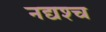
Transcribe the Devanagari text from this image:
नद्यश्‍च